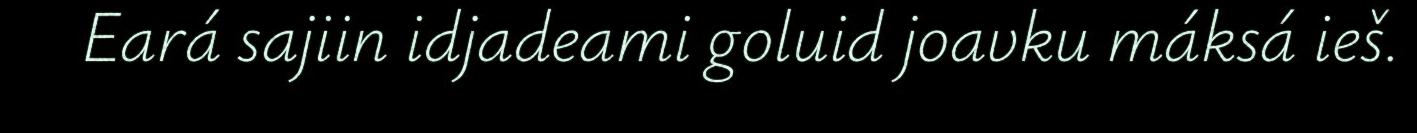
Eará sajiin idjadeami goluid joavku máksá ieš.